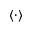
\langle \cdot \rangle